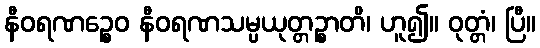
နီဝရဏဉ္စေဝ နီဝရဏသမ္ပယုတ္တဉ္စာတိ၊ ဟူ၍။ ဝုတ္တံ၊ ပြီ။